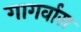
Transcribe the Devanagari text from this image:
गागर्वास